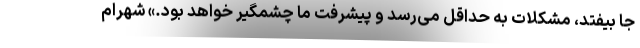
جا بیفتد، مشکلات به حداقل می‌رسد و پیشرفت ما چشمگیر خواهد بود.» شهرام